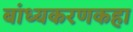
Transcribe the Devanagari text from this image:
बांध्यकरणकहा